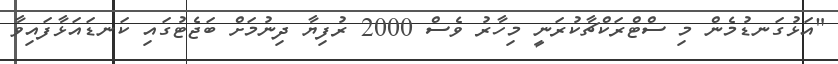
"އަޅުގަނޑުމެން މި ސްޓްރަކްޗާކުރަނީ މިހާރު ވެސް 2000 ރުފިޔާ ދިނުމަށް ބަޖެޓުގައި ކަނޑައަޅާފައިވާ